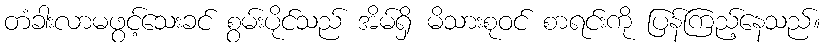
တံခါးလာမဖွင့်သေးခင် စွမ်းပိုင်သည် အိမ်ရှိ မိသားစုဝင် စာရင်းကို ပြန်ကြည့်နေသည်။